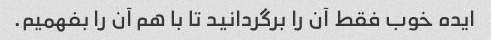
ایده خوب فقط آن را برگردانید تا با هم آن را بفهمیم.